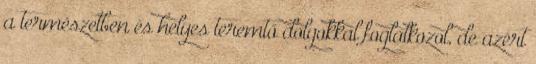
a természetben és helyes teremtő dolgokkal foglalkozol, de azért